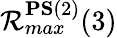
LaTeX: \mathcal{R}_{max}^{\mathbf{PS}(2)}(3)